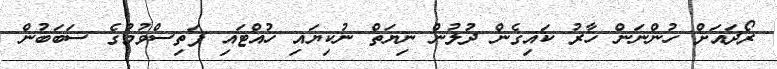
ރޯދައަށް ހުންނަން ހާރު ކައިގެން ދުލުން ނިޔަތް ނުކިޔައި ހުއްޓައި ފަތިސްވުމުގެ ސަބަބުން